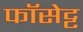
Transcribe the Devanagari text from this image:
फॉसेट्ट